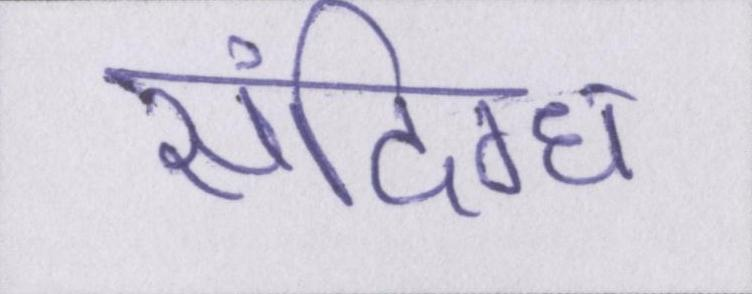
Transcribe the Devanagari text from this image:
संदिग्ध